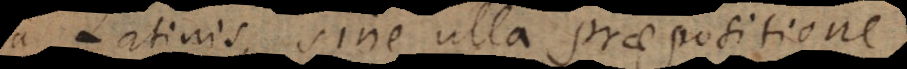
a Latinis, sine ulla praepositione,